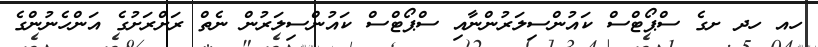
ހއ ހދ ށގެ ސްޕޯޓްސް ކައުންސިލަރުންނާއި ސްޕޯޓްސް ކައުންސިލަރުން ނެތް ރަށްރަށުގެ އަންހެނުންގެ